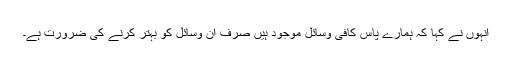
انہوں نے کہا کہ ہمارے پاس کافی وسائل موجود ہیں صرف ان وسائل کو بہتر کرنے کی ضرورت ہے۔